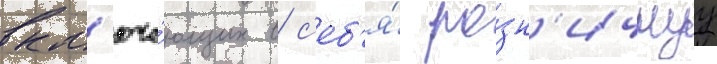
вкл'юча́ющих в с'еб'я́ ро́зн'ичнуу